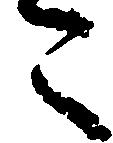
こ